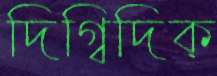
দিগ্বিদিক্‌